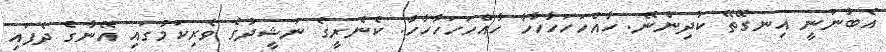
އެބުނަނީ އިނގޭތޭ ކުދިންނޭ. ހާއްހަހަހާހާހާ ހާއްހަހަހާހާހާ. ކެނެރީގެ ނަޝީދުގެ ވެރިކަމުގައި އޭނާގެ ދެފައި